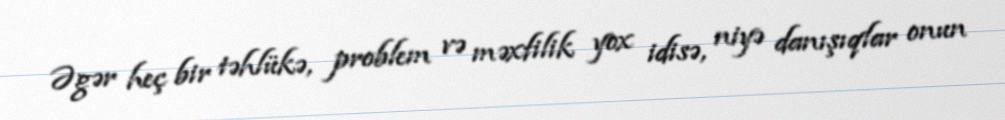
Əgər heç bir təhlükə, problem və məxfilik yox idisə, niyə danışıqlar onun